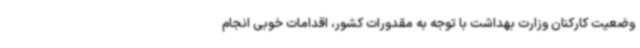
وضعیت کارکنان وزارت بهداشت با توجه به مقدورات کشور، اقدامات خوبی انجام